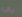
بي